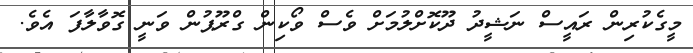
މީގެކުރިން ރައީސް ނަޝީދު ދޫކޮށްލުމަށް ވެސް ވޯކިން ގްރޫޕުން ވަނީ ގޮވާލާފަ އެވެ.